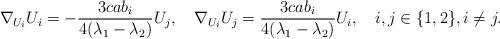
LaTeX: \begin{align*}\nabla_{U_i}U_i&{}=-\frac{3cab_i}{4(\lambda_1-\lambda_2)}U_j,&\nabla_{U_i}U_j&{}=\frac{3cab_i}{4(\lambda_1-\lambda_2)}U_i,& i,j\in\{1,2\},i\neq j.\end{align*}